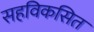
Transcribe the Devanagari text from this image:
सहविकसित